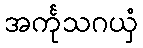
အင်္ကုသဂယှံ